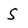
Character: S